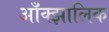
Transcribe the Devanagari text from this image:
आँक्झालिक